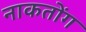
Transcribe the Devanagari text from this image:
नाकतोंग